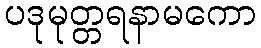
ပဒုမုတ္တရနာမကော